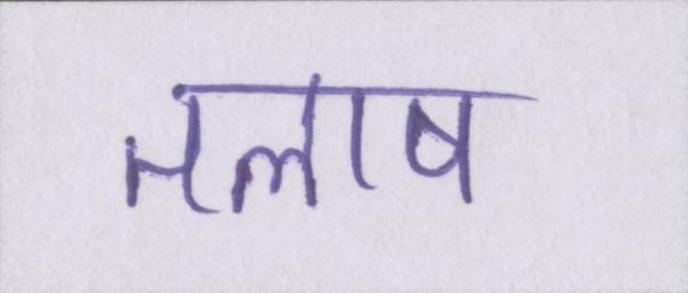
तलाष